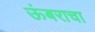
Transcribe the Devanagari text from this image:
ऊंबराचा